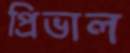
প্রিভাল